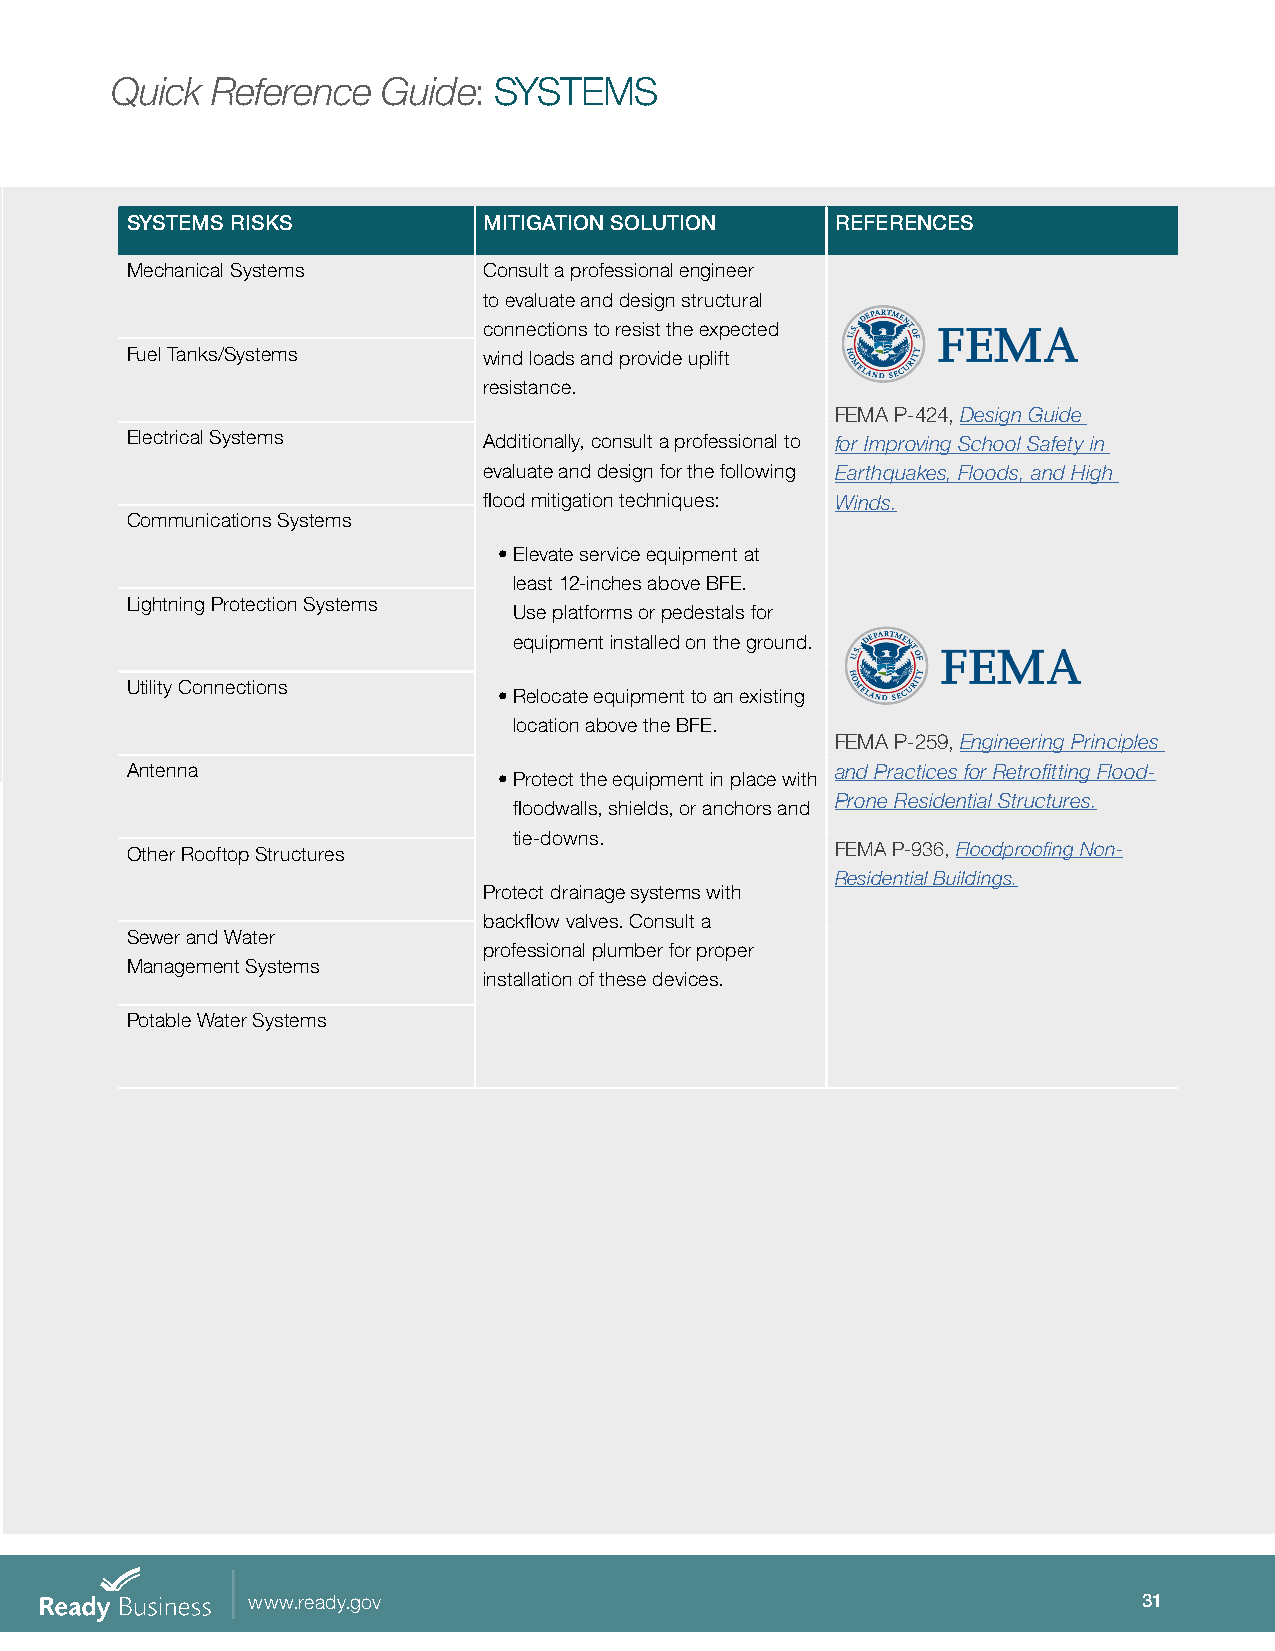
Quick  Reference  Guide:  SYSTEMS
 SYSTEMS RISKS           MITIGATION SOLUTION    REFERENCES
 Mechanical Systems      Consult a professional engineer
 to evaluate and design structural
 connections to resist the expected
 Fuel Tanks/Systems      wind loads and provide uplift
 resistance.
 FEMA P-424, Design Guide
 Electrical Systems      Additionally, consult a professional to for Improving School Safety in
 evaluate and design for the following Earthquakes, Floods, and High
 flood mitigation techniques: Winds.
 Communications Systems
 • Elevate service equipment at
 least 12-inches above BFE.
 Lightning Protection Systems
 Use platforms or pedestals for
 equipment installed on the ground.
 Utility Connections
 • Relocate equipment to an existing
 location above the BFE.
 FEMA P-259, Engineering Principles
 Antenna                                        and Practices for Retrofitting Flood-
 • Protect the equipment in place with
 Prone Residential Structures.
 floodwalls, shields, or anchors and
 tie-downs.
 Other Rooftop Structures                       FEMA P-936, Floodproofing Non-
 Residential Buildings.
 Protect drainage systems with
 backflow valves. Consult a
 Sewer and Water
 professional plumber for proper
 Management Systems
 installation of these devices.
 Potable Water Systems
 www.ready.gov                                               31